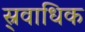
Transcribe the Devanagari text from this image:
स्र्वाधिक